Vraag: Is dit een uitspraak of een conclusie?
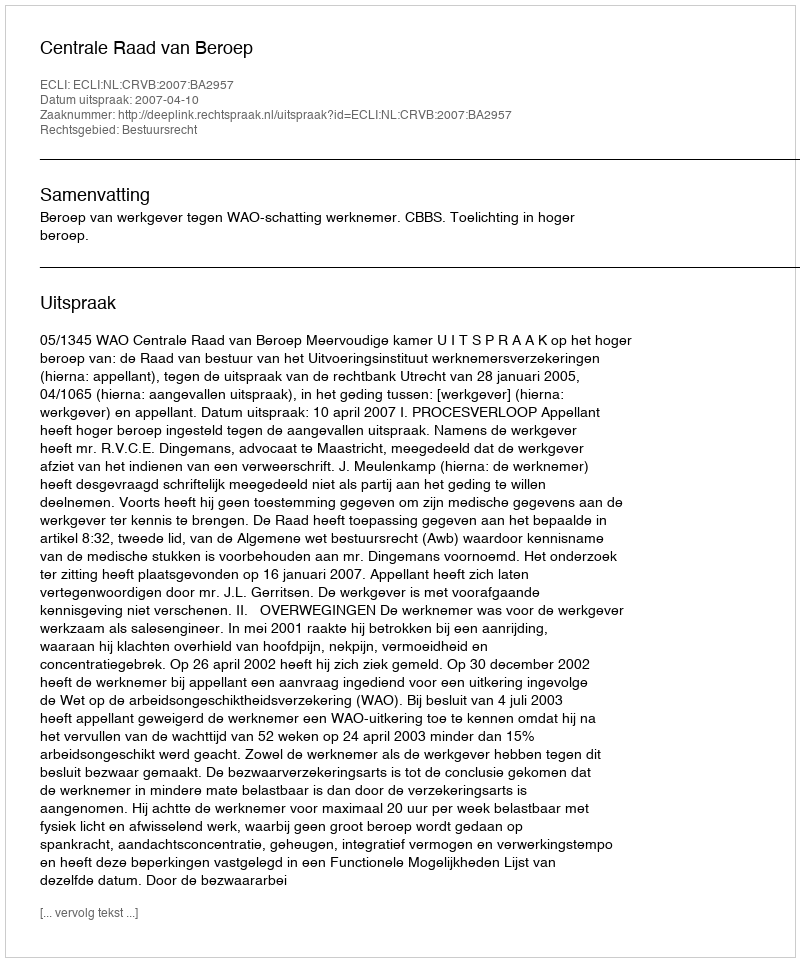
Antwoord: Uitspraak